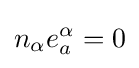
n_{\alpha }e_{a}^{\alpha }=0